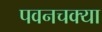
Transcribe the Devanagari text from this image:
पवनचक्या